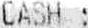
CASH :